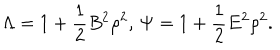
LaTeX: \Lambda = 1 + \frac { 1 } { 2 } B ^ { 2 } \rho ^ { 2 } , \, \Psi = 1 + \frac { 1 } { 2 } E ^ { 2 } \rho ^ { 2 } .